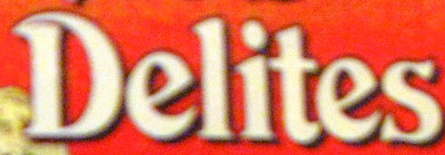
Delites